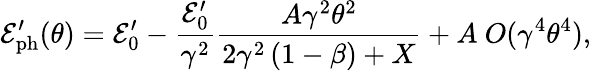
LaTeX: \mathcal{E}_{\mathrm{{ph}}}^{\prime}(\theta)=\mathcal{E}_{0}^{\prime}-\frac{{\mathcal{E}_{0}^{\prime}}}{{\gamma^{2}}}\frac{{A\gamma^{2}\theta^{2}}}{{2\gamma^{2}\left(1-\beta\right)+X}}+A\ O(\gamma^{4}\theta^{4}),